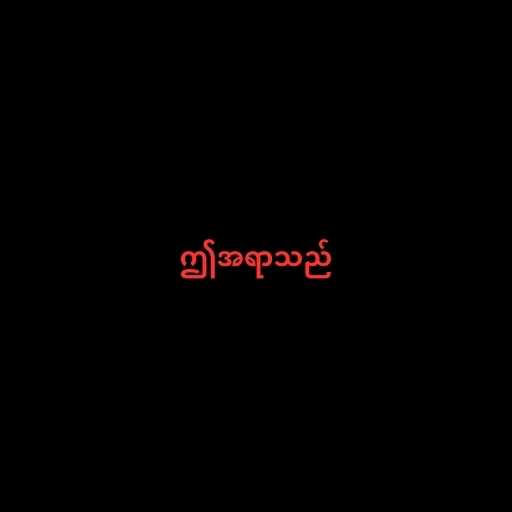
ဤအရာသည်